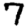
Digit: 7